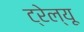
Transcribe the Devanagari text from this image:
ट्रेल्यू